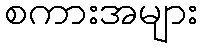
စကားအများ